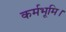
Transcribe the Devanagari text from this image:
कर्मभूमि।